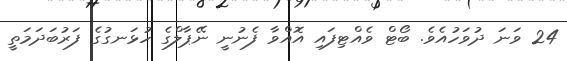
24 ވަނަ ދުވަހުއެވެ. ބޯޓް ވެއްޓިފައި އޮއްވާ ފެނުނީ ނޭޕާލްގެ ހުޅަނގުގެ ފަރުބަދަމަތީ